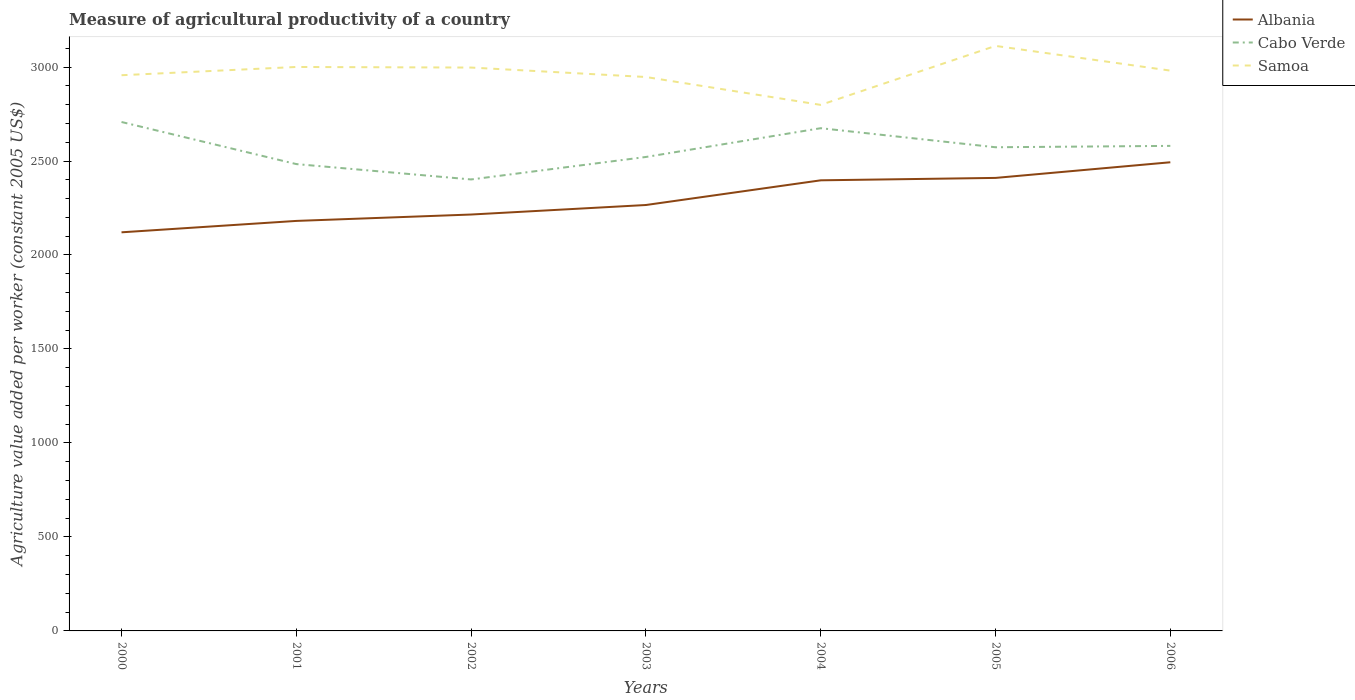
| Years | Albania | Cabo Verde | Samoa |
 | --- | --- | --- | --- |
 | 2000 | 2.12e+03 | 2.71e+03 | 2.96e+03 |
 | 2001 | 2.18e+03 | 2.48e+03 | 3e+03 |
 | 2002 | 2.22e+03 | 2.4e+03 | 3e+03 |
 | 2003 | 2.27e+03 | 2.52e+03 | 2.95e+03 |
 | 2004 | 2.4e+03 | 2.67e+03 | 2.8e+03 |
 | 2005 | 2.41e+03 | 2.57e+03 | 3.11e+03 |
 | 2006 | 2.49e+03 | 2.58e+03 | 2.98e+03 |